Veterinary regulations India, 1925 -
Year: 1925
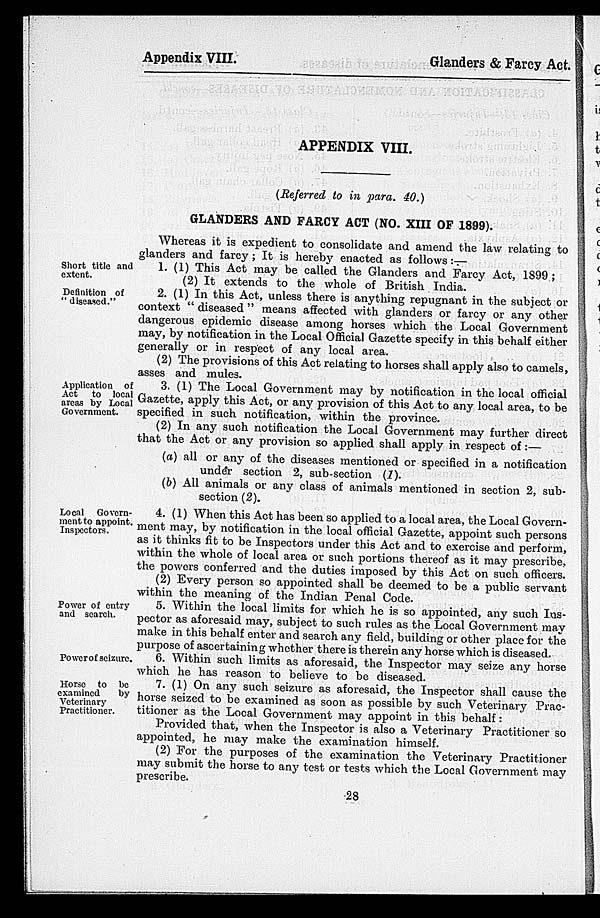
Appendix VIII.
Glanders & Farcy Act.
APPENDIX VIII.
(Referred to in para. 40.)
GLANDERS AND FARCY ACT (NO. XIII OF 1899).
Whereas it is expedient to consolidate and amend the law relating to
glanders and farcy; It is hereby enacted as follows :—
Short title and
extent.
1. (1) This Act may be called the Glanders and Farcy Act, 1899;
(2) It extends to the whole of British India.
Definition of
" diseased."
2. (1) In this Act, unless there is anything repugnant in the subject or
context " diseased " means affected with glanders or farcy or any other
dangerous epidemic disease among horses which the Local Government
may, by notification in the Local Official Gazette specify in this behalf either
generally or in respect of any local area.
(2) The provisions of this Act relating to horses shall apply also to camels,
asses and mules.
Application of
Act to local
areas by Local
Government.
3. (1) The Local Government may by notification in the local official
Gazette, apply this Act, or any provision of this Act to any local area, to be
specified in such notification, within the province.
(2) In any such notification the Local Government may further direct
that the Act or any provision so applied shall apply in respect of:—
(a) all or any of the diseases mentioned or specified in a notification
under section 2, sub-section (1).
(b) All animals or any class of animals mentioned in section 2, sub-
section (2).
Local Govern-
ment to appoint.
Inspectors.
4. (1) When this Act has been so applied to a local area, the Local Govern-
ment may, by notification in the local official Gazette, appoint such persons
as it thinks fit to be Inspectors under this Act and to exercise and perform,
within the whole of local area or such portions thereof as it may prescribe,
the powers conferred and the duties imposed by this Act on such officers.
(2) Every person so appointed shall be deemed to be a public servant
within the meaning of the Indian Penal Code.
Power of entry
and search.
5. Within the local limits for which he is so appointed, any such Ins-
pector as aforesaid may, subject to such rules as the Local Government may
make in this behalf enter and search any field, building or other place for the
purpose of ascertaining whether there is therein any horse which is diseased.
Power of seizure.
6. Within such limits as aforesaid, the Inspector may seize any horse
which he has reason to believe to be diseased.
Horse to be
examined
by
Veterinary
Practitioner.
7. (1) On any such seizure as aforesaid, the Inspector shall cause the
horse seized to be examined as soon as possible by such Veterinary Prac-
titioner as the Local Government may appoint in this behalf:
Provided that, when the Inspector is also a Veterinary Practitioner so
appointed, he may make the examination himself.
(2) For the purposes of the examination the Veterinary Practitioner
may submit the horse to any test or tests which the Local Government may
prescribe.
28